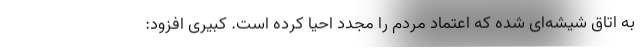
به اتاق شیشه‌ای شده که اعتماد مردم را مجدد احیا کرده است. کبیری افزود: